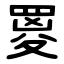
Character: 䍟